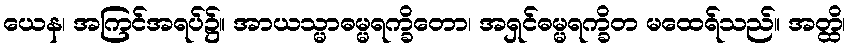
ယေန၊ အကြင်အရပ်၌။ အာယသ္မာဓမ္မရက္ခိတော၊ အရှင်ဓမ္မရက္ခိတ မထေရ်သည်။ အတ္ထိ၊